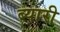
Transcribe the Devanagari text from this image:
ब्यारी